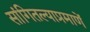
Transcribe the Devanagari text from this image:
सांगितल्याप्रमाणें